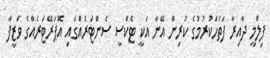
ފިލްމީ ދާއިރާ ފަތަހަކުރުމުގެ ކުރިން އޭނާ އަކީ ޓެކްސީ ސެންޓަރެއްގައި އޮޕަރޭޓަރެއްގެ ވަޒީފާ